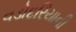
વડોદરિયાની